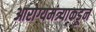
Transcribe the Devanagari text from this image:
आरोग्यमंत्र्याकडून